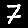
Digit: 7